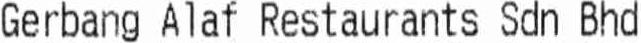
GERBANG ALAF RESTAURANTS SDN BHD